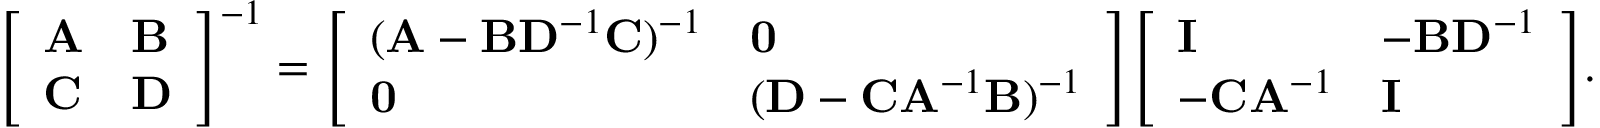
{ \left[ \begin{array} { l l } { \mathbf { A } } & { \mathbf { B } } \\ { \mathbf { C } } & { \mathbf { D } } \end{array} \right] } ^ { - 1 } = { \left[ \begin{array} { l l } { ( \mathbf { A } - \mathbf { B } \mathbf { D } ^ { - 1 } \mathbf { C } ) ^ { - 1 } } & { \mathbf { 0 } } \\ { \mathbf { 0 } } & { ( \mathbf { D } - \mathbf { C } \mathbf { A } ^ { - 1 } \mathbf { B } ) ^ { - 1 } } \end{array} \right] } { \left[ \begin{array} { l l } { \mathbf { I } } & { - \mathbf { B } \mathbf { D } ^ { - 1 } } \\ { - \mathbf { C } \mathbf { A } ^ { - 1 } } & { \mathbf { I } } \end{array} \right] } .